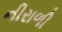
નીરાળી